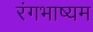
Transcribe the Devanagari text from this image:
रंगभाष्यम